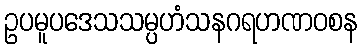
ဥပမူပဒေသသမ္ပဟံသနဂရဟဏဝစန